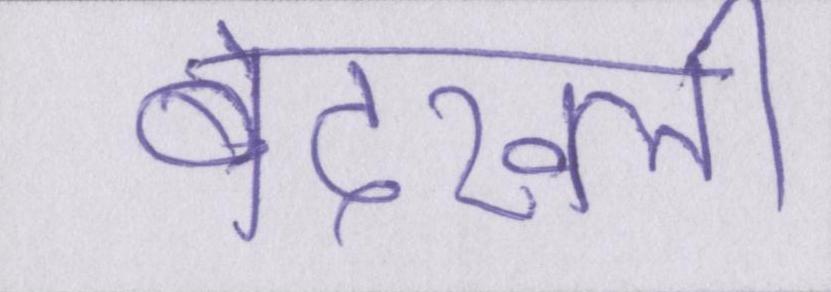
बेदख्ली